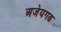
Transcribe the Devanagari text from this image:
अजेयगढ